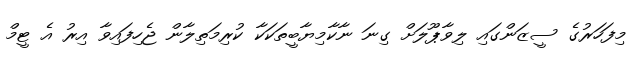
މިފަހަރުގެ ސީޒަންގައި ލިވާޕޫލަށް ގިނަ ނާކާމިޔާބީތަކަކާ ކުރިމަތިލާން ޖެހިފައިވާ އިރު އެ ޓީމް